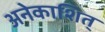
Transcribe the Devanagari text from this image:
अनेकाशित्‌